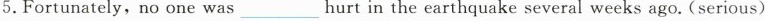
5.Fortunately, no one was____ hurt in the earthquake several weeks ago.(serious)